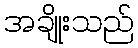
အချိုးသည်